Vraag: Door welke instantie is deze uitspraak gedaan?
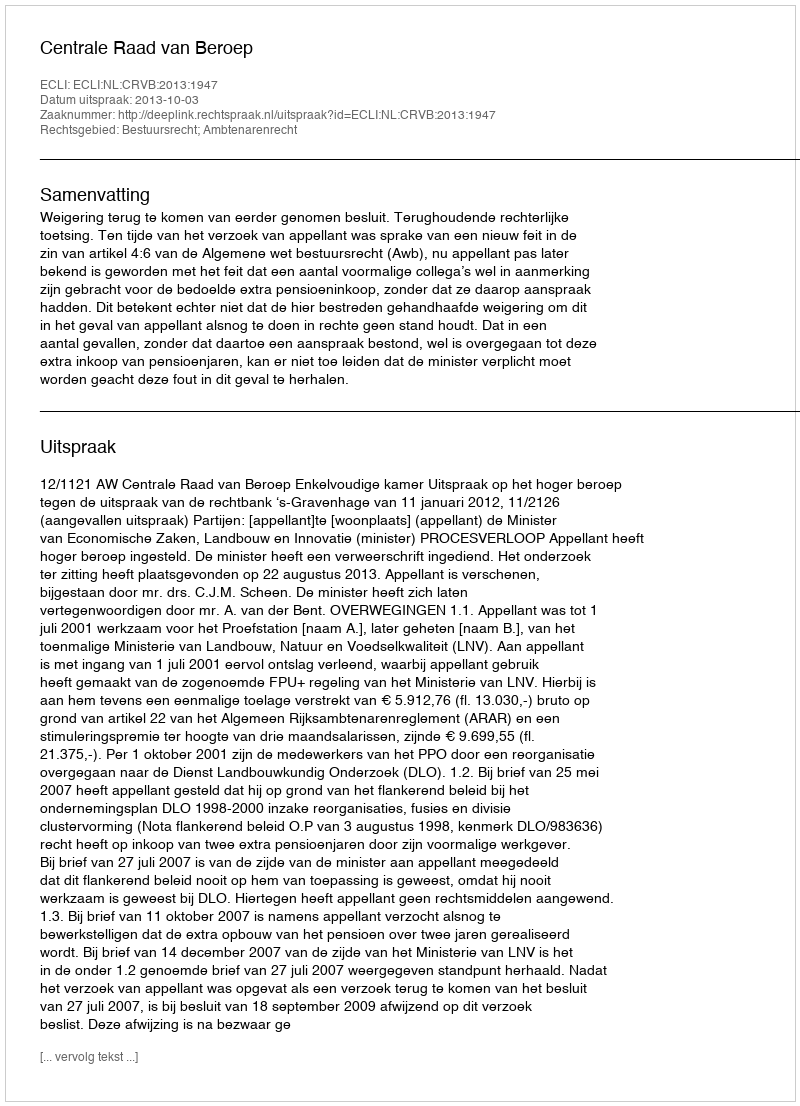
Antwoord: Centrale Raad van Beroep